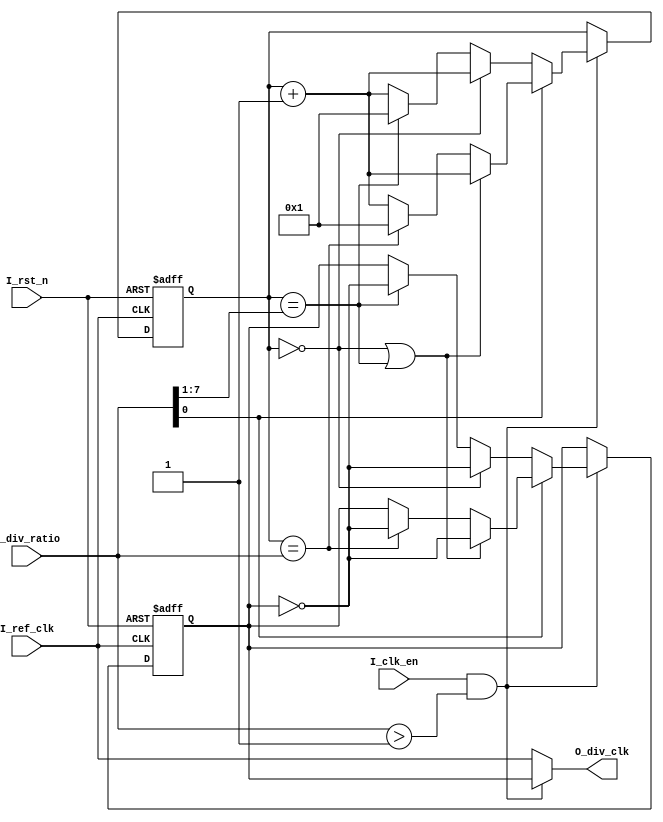
module CLK_Divider #(parameter division_Ratio=8)(
input I_ref_clk,I_rst_n,I_clk_en,

input [division_Ratio-1:0] I_div_ratio,
output wire O_div_clk
);

wire  [division_Ratio-1:0] HALF;
reg div_CLK_FF;

reg [division_Ratio-1:0] edge_count;
always @(posedge I_ref_clk or negedge I_rst_n)
begin
	if(!I_rst_n) 
	begin
		div_CLK_FF<=0;
		edge_count<=0;
	end
	else
	begin 
	
		if(I_clk_en && I_div_ratio > 1) 
		begin	
			if( !I_div_ratio[0] ) //even
			begin
			
				if(edge_count==0)
				begin 
					edge_count<=edge_count+1;
					div_CLK_FF <= ~div_CLK_FF;
				end
			
			
				else if(edge_count== HALF)
				begin 
					div_CLK_FF <= ~ div_CLK_FF;
					edge_count<=1;
				
				end	
				else
					begin 
					edge_count<=edge_count+1; // clck retain its old value
					end
			end
		
			else // odd 
		
				begin 
					if(edge_count==0 || edge_count== HALF )
							begin 
								edge_count<=edge_count+1;
								div_CLK_FF <= ~div_CLK_FF;
							end
					else if(edge_count==I_div_ratio)
							begin 
								div_CLK_FF <= ~ div_CLK_FF;
								edge_count<=1;//to avoid shifting
							
							end	
					else
								begin 
								edge_count<=edge_count+1; // clck retain its old value
								end
			
				end
				
		


		end

	end	
	

end


assign HALF = I_div_ratio >> 1;
assign O_div_clk = (I_clk_en && I_div_ratio > 1) ? div_CLK_FF : I_ref_clk ;  



endmodule